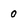
Character: 0